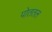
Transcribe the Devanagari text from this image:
पोततल